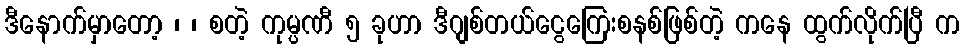
ဒီနောက်မှာတော့ ၊ ၊ စတဲ့ ကုမ္ပဏီ ၅ ခုဟာ ဒီဂျစ်တယ်ငွေကြေးစနစ်ဖြစ်တဲ့ ကနေ ထွက်လိုက်ပြီ က